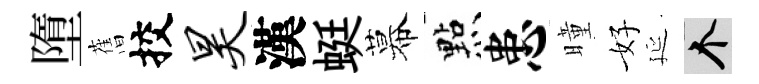
墮𦾔挍昊漢蜓幕㸃患曈好延个